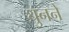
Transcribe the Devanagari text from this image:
घुनने